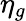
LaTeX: \eta_{g}